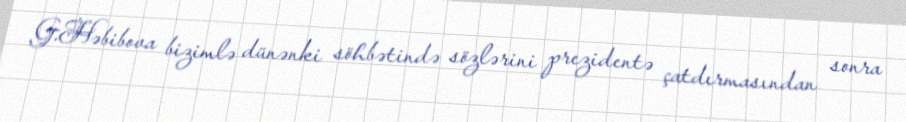
G.Həbibova bizimlə dünənki söhbətində sözlərini prezidentə çatdırmasından sonra